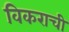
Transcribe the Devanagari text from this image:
विकराची